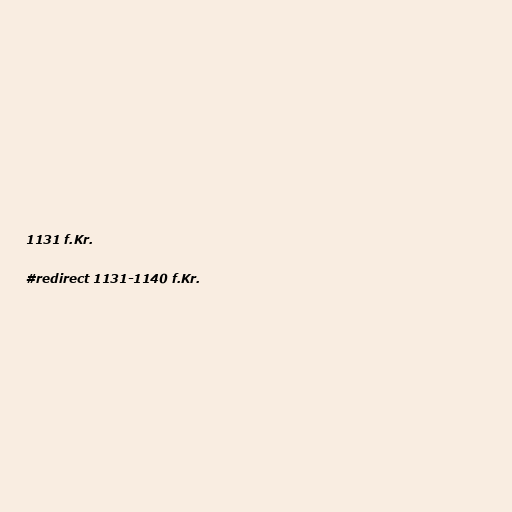
1131 f.Kr.

#redirect 1131-1140 f.Kr.